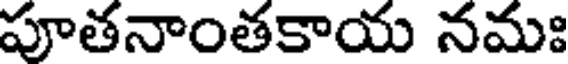
పూతనాంతకాయ నమః